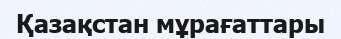
Қазақстан мұрағаттары